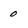
Character: 0